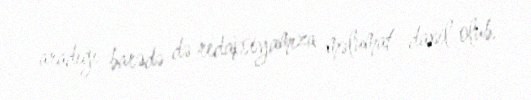
aradığı barədə də redaksiyamıza məlumat daxil olub.